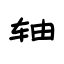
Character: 轴